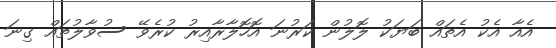
އެއާ އެކު އެތައް ބަޔަކު ލޮލުން ކަރުނަ އޮހޮލާރާއިރު ކުރެވޭ ސުވާލުތައް ގިނަ